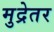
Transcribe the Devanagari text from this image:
मुद्रेतर